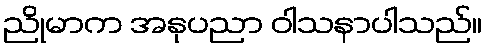
ညိုမာက အနုပညာ ဝါသနာပါသည်။